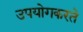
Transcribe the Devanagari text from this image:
उपयोगकरते